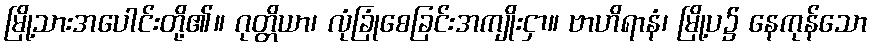
မြို့သားအပေါင်းတို့၏။ ဂုတ္တိယာ၊ လုံခြုံစေခြင်းအကျိုးငှာ။ ဗာဟိရာနံ၊ မြို့ပ၌ နေကုန်သော